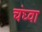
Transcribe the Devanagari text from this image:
चंघ्वा